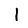
Digit: 1